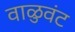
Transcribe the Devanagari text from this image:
वाळुवंट